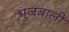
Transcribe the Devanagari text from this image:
भुजबाली